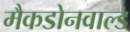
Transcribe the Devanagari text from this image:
मैकडोनवाल्ड